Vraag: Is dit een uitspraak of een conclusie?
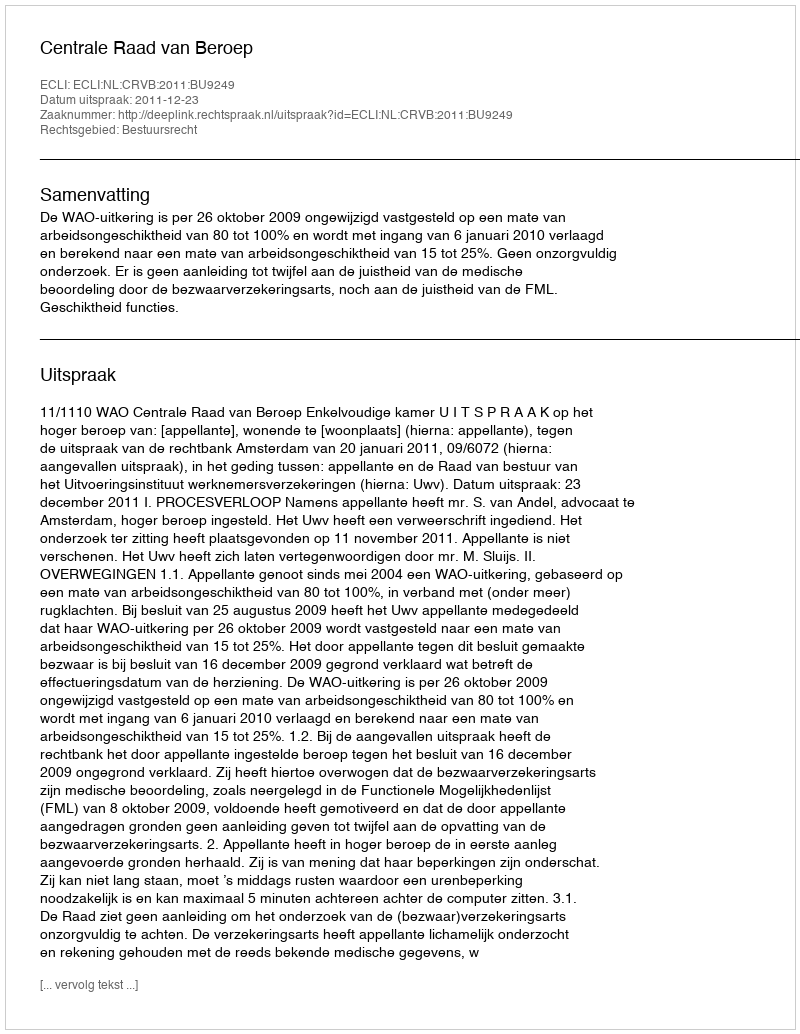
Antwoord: Uitspraak